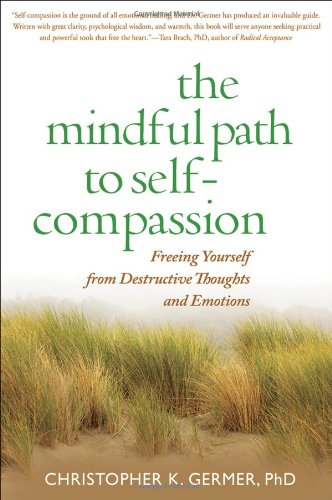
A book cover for The Mindful Path to Self-Compassion: Freeing Yourself from Destructive Thoughts and Emotions; Christopher K. Germer; Self-Help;